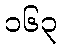
၁၆၃